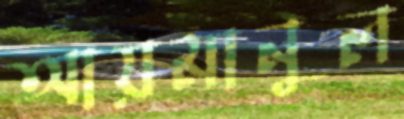
আয়মানুল